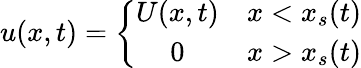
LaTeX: u(x,t)=\left\{ \begin{array}{cc}{U(x,t)}&{x<x_{s}(t)}\\ {0}&{x>x_{s}(t)}\end{array}\right.